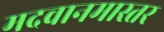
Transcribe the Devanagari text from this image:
मदवानमास्तर